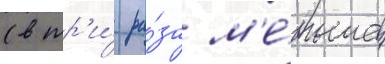
(в тр'и́ ра́за м'е́ньше